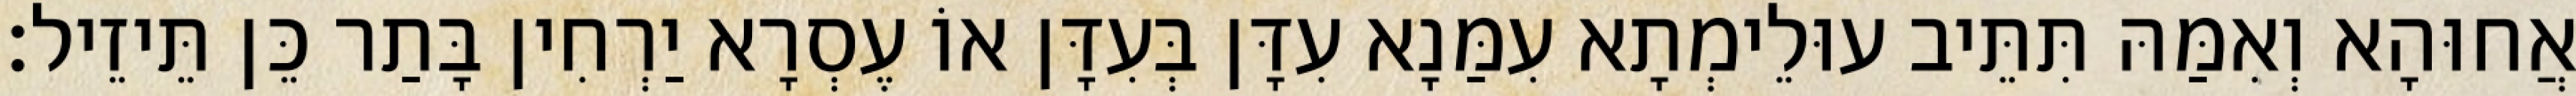
אֲחוּהָא וְאִמַּהּ תִּתֵּיב עוּלֵימְתָא עִמַּנָא עִדָּן בְּעִדָּן אוֹ עֶסְרָא יַרְחִין בָּתַר כֵּן תֵּיזֵיל׃